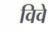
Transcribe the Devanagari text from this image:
विवे